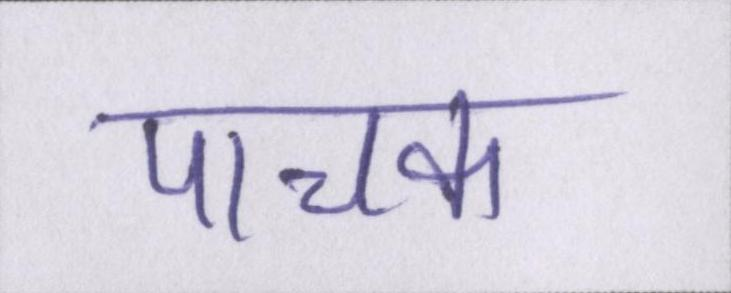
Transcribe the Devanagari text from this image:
पाचक